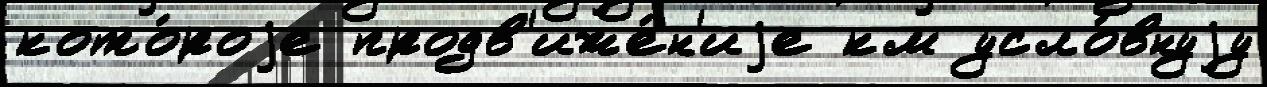
кото́роjе продв'иже́н'иjе км усло́внуjу